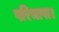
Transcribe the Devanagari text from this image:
परिभाषा।